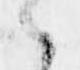
候